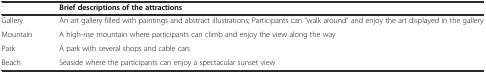
|  | Brief descriptions of the attractions |
 | --- | --- |
 | Gallery | An art gallery filled with paintings and abstract illustrations; Participants can “walk around” and enjoy the art displayed in the gallery |
 | Mountain | A high-rise mountain where participants can climb and enjoy the view along the way |
 | Park | A park with several shops and cable cars |
 | Beach | Seaside where the participants can enjoy a spectacular sunset view |